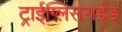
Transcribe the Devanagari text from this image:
ट्राईग्लिसराईड